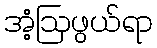
အံ့ဩဖွယ်ရာ